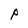
Character: P